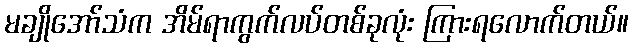
မချိုအော်သံက အိမ်ရာကွက်လပ်တစ်ခုလုံး ကြားရလောက်တယ်။